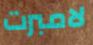
لامبرت